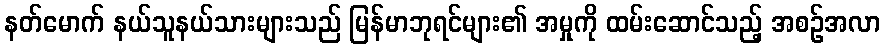
နတ်မောက် နယ်သူနယ်သားများသည် မြန်မာဘုရင်များ၏ အမှုကို ထမ်းဆောင်သည့် အစဉ်အလာ